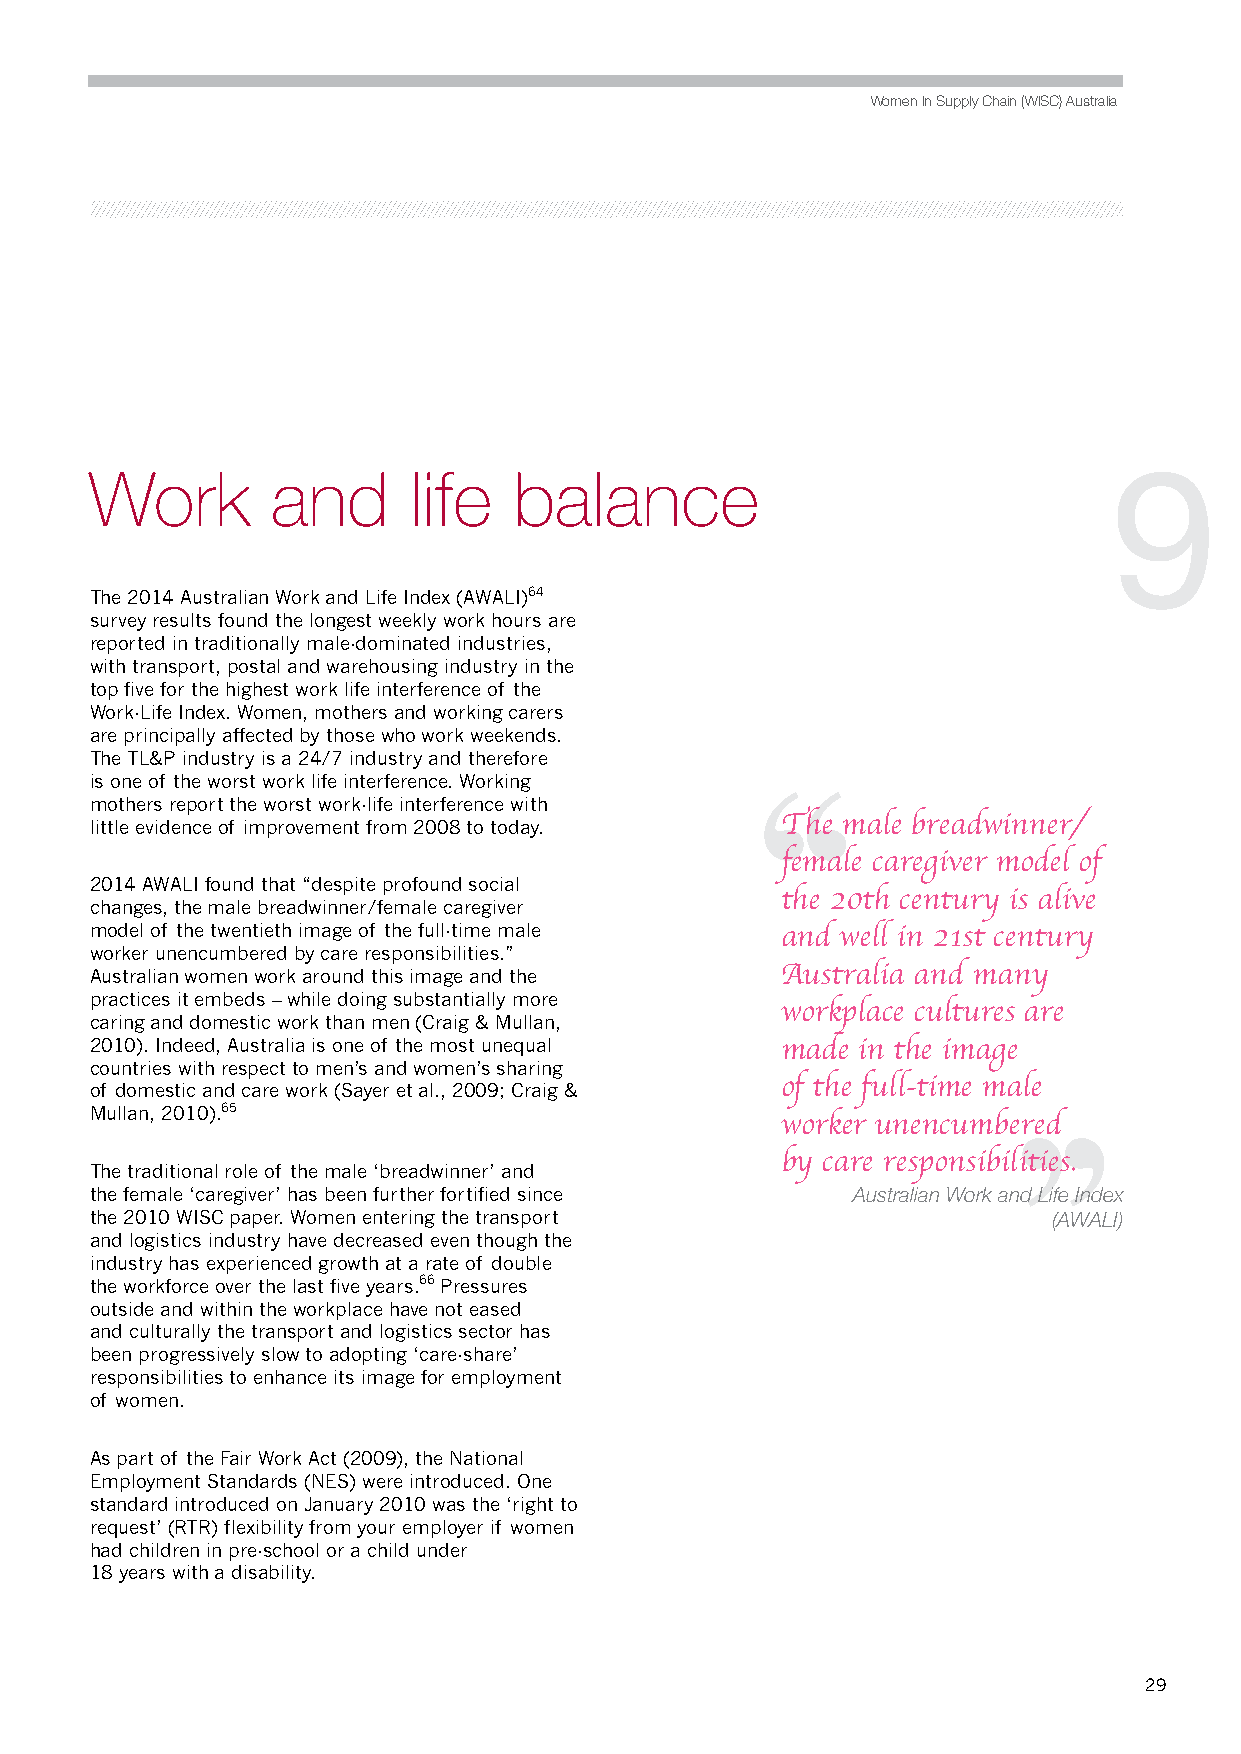
Women In Supply Chain (WISC) Australia
 9
 Work        and      life   balance
 The 2014 Australian Work and Life Index (AWALI)64
 survey results found the longest weekly work hours are
 reported in traditionally male-dominated industries,
 with transport, postal and warehousing industry in the
 top five for the highest work life interference of the
 Work-Life Index. Women, mothers and working carers
 are principally affected by those who work weekends.
 The TL&P industry is a 24/7 industry and therefore
 ,,
 is one of the worst work life interference. Working
 mothers report the worst work-life interference with
 little evidence of improvement from 2008 to today. The male breadwinner/
 female caregiver model of
 2014 AWALI found that “despite profound social
 the 20th century is alive
 changes, the male breadwinner/female caregiver
 model of the twentieth image of the full-time male
 and well in 21st century
 worker unencumbered by care responsibilities.”
 ,,
 Australian women work around this image and the Australia and many
 practices it embeds – while doing substantially more
 workplace cultures are
 caring and domestic work than men (Craig & Mullan,
 2010). Indeed, Australia is one of the most unequal made in the image
 countries with respect to men’s and women’s sharing
 of domestic and care work (Sayer et al., 2009; Craig & of the full-time male
 Mullan, 2010).65
 worker unencumbered
 by care responsibilities.
 The traditional role of the male ‘breadwinner’ and
 the female ‘caregiver’ has been further fortified since Australian Work and Life Index
 the 2010 WISC paper. Women entering the transport               (AWALI)
 and logistics industry have decreased even though the
 industry has experienced growth at a rate of double
 the workforce over the last five years.66 Pressures
 outside and within the workplace have not eased
 and culturally the transport and logistics sector has
 been progressively slow to adopting ‘care-share’
 responsibilities to enhance its image for employment
 of women.
 As part of the Fair Work Act (2009), the National
 Employment Standards (NES) were introduced. One
 standard introduced on January 2010 was the ‘right to
 request’ (RTR) flexibility from your employer if women
 had children in pre-school or a child under
 18 years with a disability.
 29